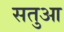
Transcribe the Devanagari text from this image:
सतुआ